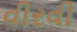
વીરવી